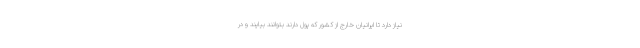
نیاز دارد تا ایرانیان خارج از کشور که پول دارند بتوانند بیایند و در